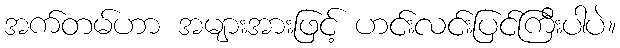
အက်တမ်ဟာ အများအားဖြင့် ဟင်းလင်းပြင်ကြီးပါပဲ။